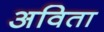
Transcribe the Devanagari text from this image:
अविता